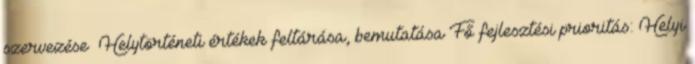
szervezése ▪Helytörténeti értékek feltárása, bemutatása Fő fejlesztési prioritás: Helyi